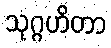
သုဂ္ဂဟိတာ